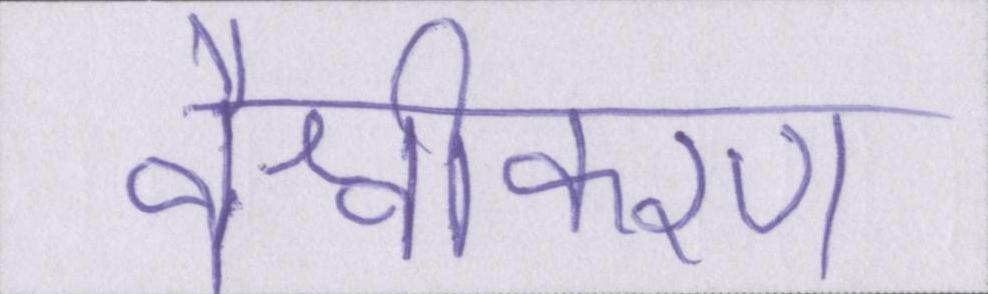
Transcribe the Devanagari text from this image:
वैश्वीकरण